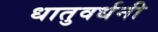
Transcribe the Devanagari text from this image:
धातुवर्धनी